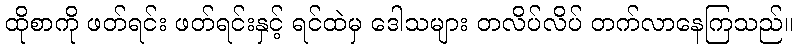
ထိုစာကို ဖတ်ရင်း ဖတ်ရင်းနှင့် ရင်ထဲမှ ဒေါသများ တလိပ်လိပ် တက်လာနေကြသည်။